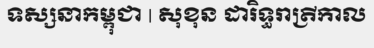
ទស្សនាកម្ពុជា | សុខុន ដារិទ្ធរាត្រីកាល